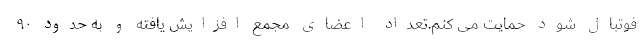
فوتبال شود حمایت می کنم.تعداد اعضای مجمع افزایش یافته و به حدود ٩٠